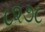
૮૨૭૮